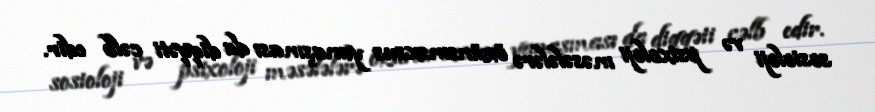
sosioloji və psixoloji məsələlərə özünəməxsus yanaşması da diqqəti cəlb edir.